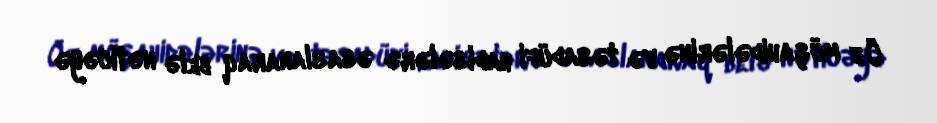
Öz müşahidələrinə və təsadüfi hadisələrə əsaslanaraq belə nəticəyə